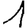
Digit: 1